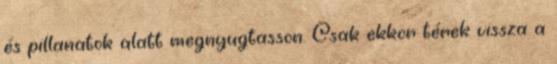
és pillanatok alatt megnyugtasson. Csak ekkor térek vissza a